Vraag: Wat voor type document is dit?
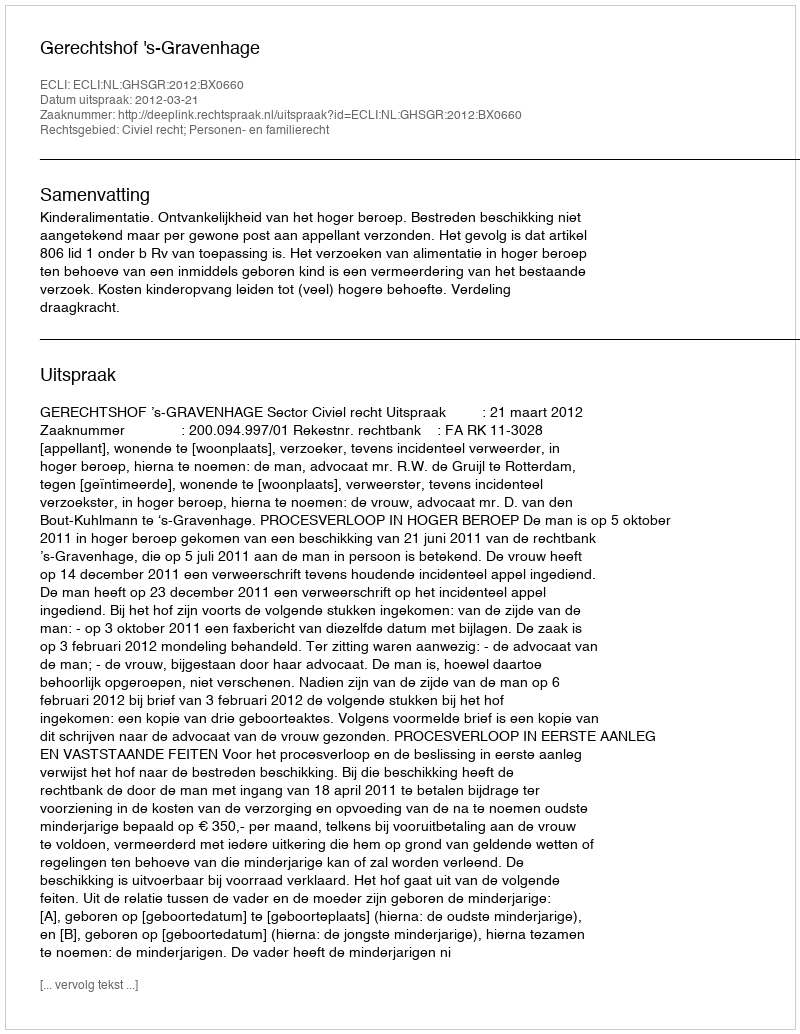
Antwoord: Uitspraak